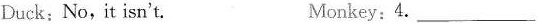
Duck: No, it isn't. Monkey: 4. ___